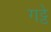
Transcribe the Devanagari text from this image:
गट्ठे